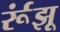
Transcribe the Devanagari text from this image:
र्रूंझू